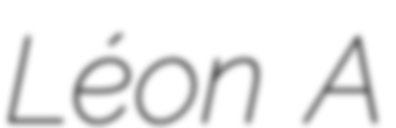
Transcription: Léon A